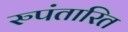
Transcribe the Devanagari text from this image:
रुपंतारित